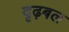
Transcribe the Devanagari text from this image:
दृढ़बल